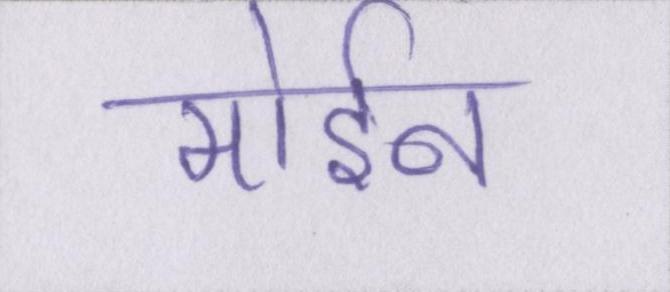
मोईन